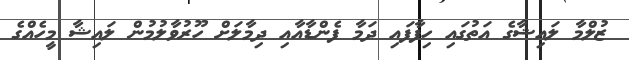
ޒުލްމާ ލައިޝާގެ އަތުގައި ހިފާފައި ދަމާ ފެންޑާއާއި ދިމާލަށް ހޫރުވާލުމުން ލައިޝާ މީހެއްގެ